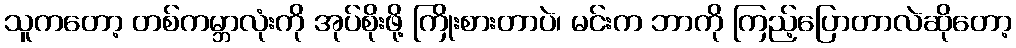
သူကတော့ တစ်ကမ္ဘာလုံးကို အုပ်စိုးဖို့ ကြိုးစားတာပဲ၊ မင်းက ဘာကို ကြည့်ပြောတာလဲဆိုတော့